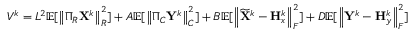
V ^ { k } = L ^ { 2 } { \mathbb { E } } [ \left\| \Pi _ { R } { \mathbf { X } } ^ { k } \right\| _ { R } ^ { 2 } ] + A { \mathbb { E } } [ \left\| \Pi _ { C } { \mathbf { Y } } ^ { k } \right\| _ { C } ^ { 2 } ] + B { \mathbb { E } } [ \left\| \widetilde { { \mathbf { X } } } ^ { k } - { \mathbf { H } } _ { x } ^ { k } \right\| _ { F } ^ { 2 } ] + D { \mathbb { E } } [ \left\| { \mathbf { Y } } ^ { k } - { \mathbf { H } } _ { y } ^ { k } \right\| _ { F } ^ { 2 } ]